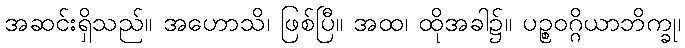
အဆင်းရှိသည်။ အဟောသိ၊ ဖြစ်ပြီ။ အထ၊ ထိုအခါ၌။ ပဉ္စဝဂ္ဂိယာဘိက္ခု၊